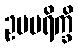
ဥပပရိက္ခိ